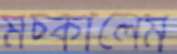
মচ্‌কালেম